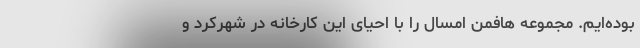
بوده‌ایم. مجموعه هافمن امسال را با احیای این کارخانه در شهرکرد و